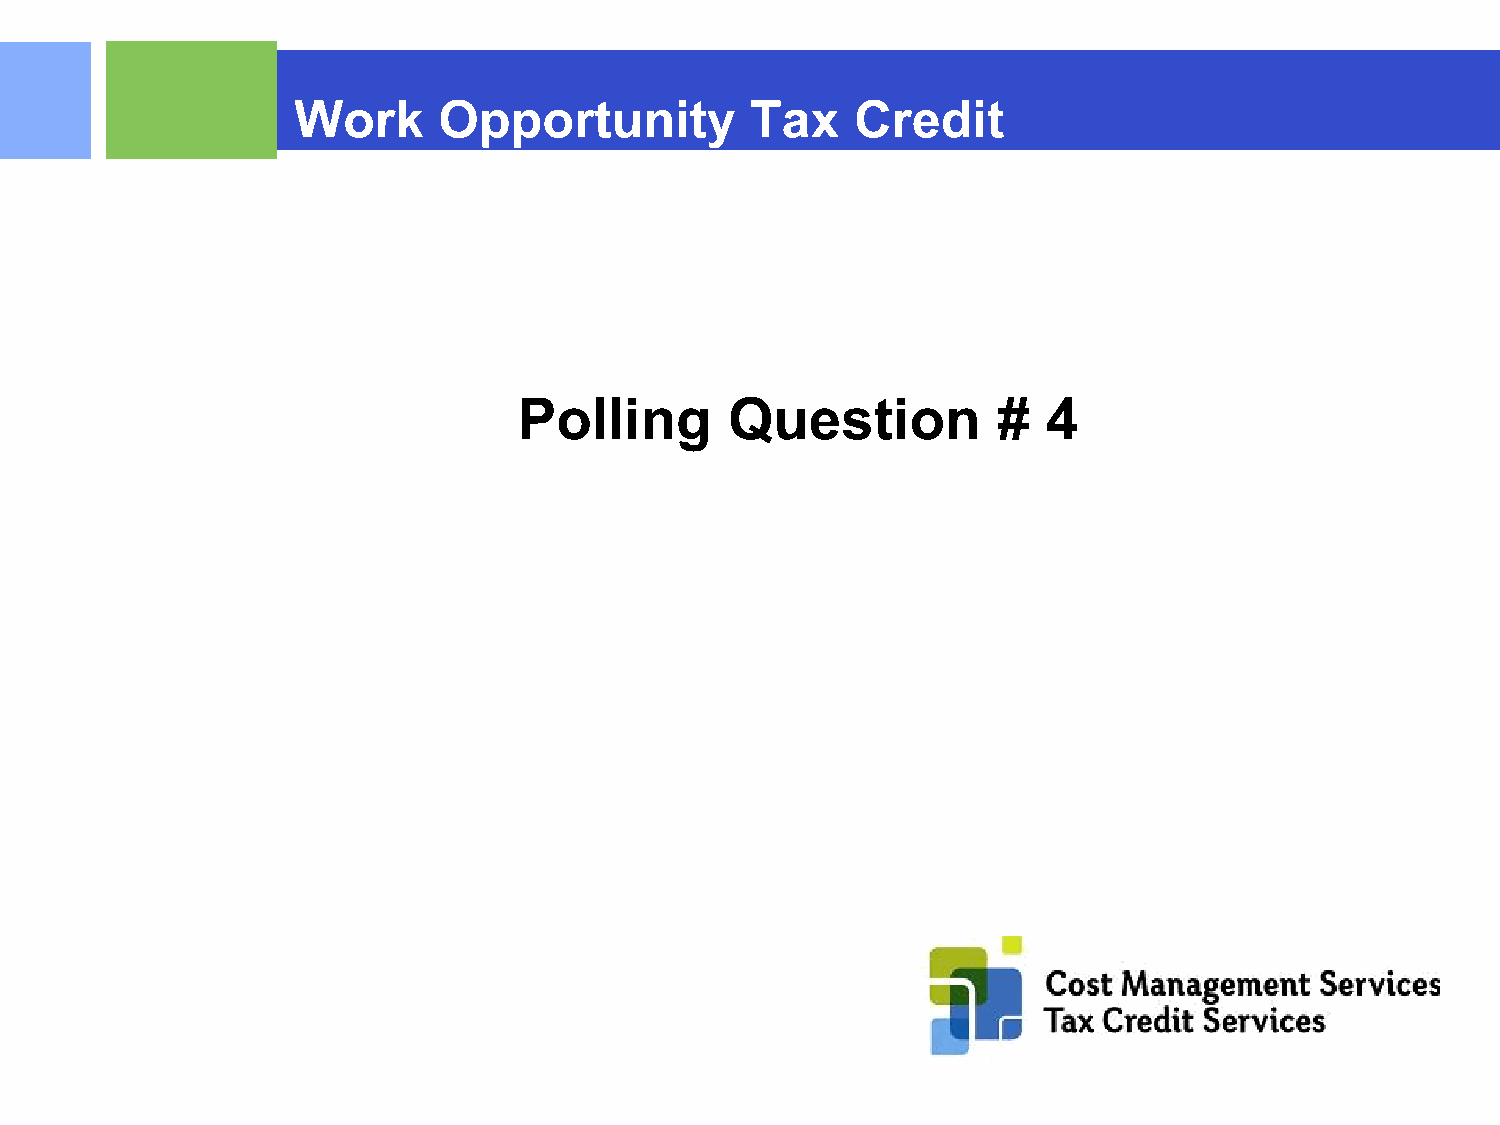
Work      Opportunity          Tax    Credit
 Polling       Question          #  4
 ©2015 RSM US LLP. All RightsReserved.